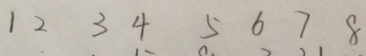
1 2 3 4 5 6 7 8